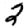
Digit: 2